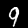
Digit: 9